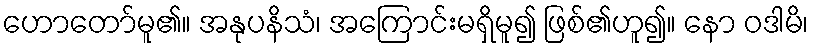
ဟောတော်မူ၏။ အနုပနိသံ၊ အကြောင်းမရှိမူ၍ ဖြစ်၏ဟူ၍။ နော ဝဒါမိ၊